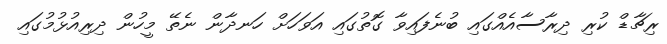
ރިޗާޑް ކުރި ދިރާސާއެއްގައި ބުނެފައިވާ ގޮތުގައި އަވަހަށް ހަނދާން ނެތޭ މީހުން ދިިރިއުޅުމުގައި